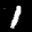
Label: 1